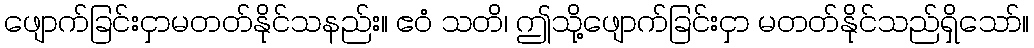
ဖျောက်ခြင်းငှာမတတ်နိုင်သနည်း။ ဧဝံ သတိ၊ ဤသို့ဖျောက်ခြင်းငှာ မတတ်နိုင်သည်ရှိသော်။